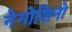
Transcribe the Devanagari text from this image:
नेगोशिनो